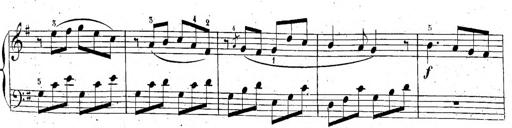
Title: 6 Sonatinen, Op.95
Composer: Ferdinand Hiller
Key: Various